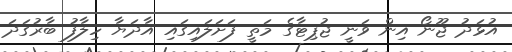
އުޅަދު ޖޫނޯ އިން ވަނީ ޖުޕިޓާގެ މަތީ ފަށަލައިގައި އާދަޔާ ހިލާފު ބާރުގަދަ